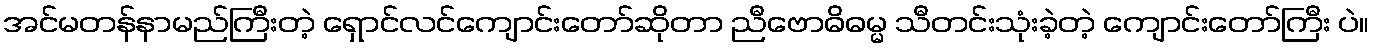
အင်မတန်နာမည်ကြီးတဲ့ ရှောင်လင်ကျောင်းတော်ဆိုတာ ညီဗောဓိဓမ္မ သီတင်းသုံးခဲ့တဲ့ ကျောင်းတော်ကြီး ပဲ။